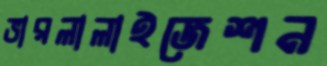
ভারলালাইজেশন